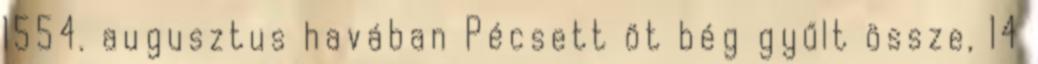
1554. augusztus havában Pécsett öt bég gyűlt össze, 14